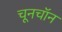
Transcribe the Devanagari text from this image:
चूनचॉन